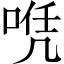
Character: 𠶉